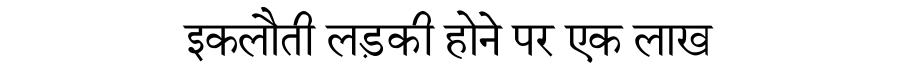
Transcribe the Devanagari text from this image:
इकलौती लड़की होने पर एक लाख